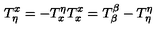
T _ { \eta } ^ { x } = - T _ { x } ^ { \eta } T _ { x } ^ { x } = T _ { \beta } ^ { \beta } - T _ { \eta } ^ { \eta }